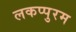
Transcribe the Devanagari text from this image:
लकप्पुरम